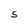
Character: S